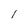
Character: l